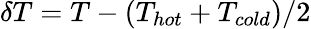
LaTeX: \delta T=T-(T_{hot}+T_{cold})/2